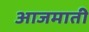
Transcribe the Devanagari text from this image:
आजमाती